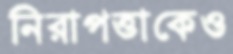
নিরাপত্তাকেও